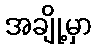
အချို့မှာ